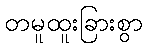
တမူထူးခြားစွာ